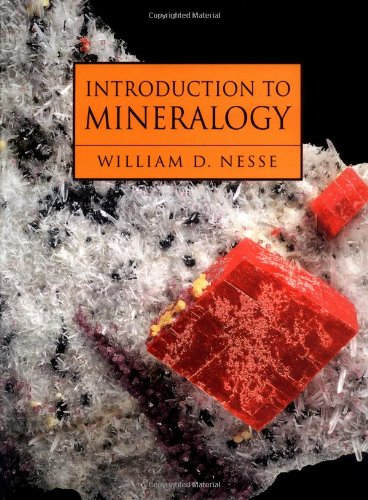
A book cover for Introduction to Mineralogy; William D. Nesse; Science & Math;